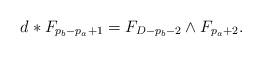
LaTeX: \begin{align*}d*F_{p_b-p_a+1}=F_{D-p_b-2}\wedge F_{p_a+2}.\end{align*}